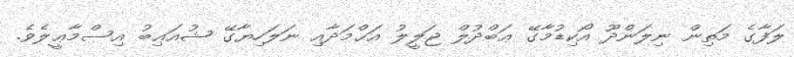
ލަފާގެ މަތިން ނިލަންދޫ އޯކިޑުމާގޭ ޢަބްދުލް ޖަލީލު އަޙްމަދާއި ނަލަހިޔާގޭ ޝުއަޢިބު އިސްމާޢީލެވެ.